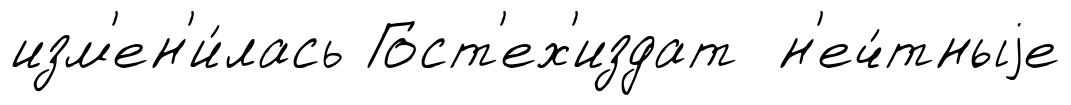
изм'ен'и́лась Гост'ех'издат н'еч́тныjе